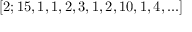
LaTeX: [ 2 ; 1 5 , 1 , 1 , 2 , 3 , 1 , 2 , 1 0 , 1 , 4 , . . . ]